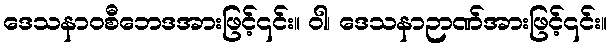
ဒေသနာဝစီဘေဒအားဖြင့်၎င်း။ ဝါ၊ ဒေသနာဉာဏ်အားဖြင့်၎င်း။